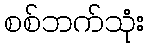
စစ်ဘက်သုံး